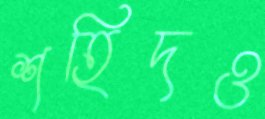
শহিদও